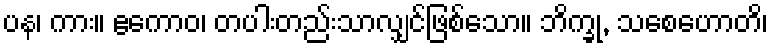
ပန၊ ကား။ ဧကောဝ၊ တပါးတည်းသာလျှင်ဖြစ်သော။ ဘိက္ခု, သစေဟောတိ၊